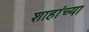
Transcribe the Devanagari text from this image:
शाहांच्या